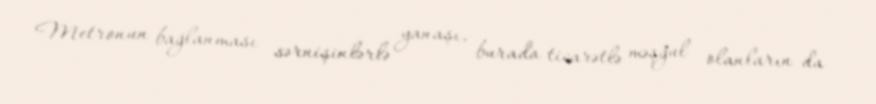
Metronun bağlanması sərnişinlərlə yanaşı, burada ticarətlə məşğul olanların da